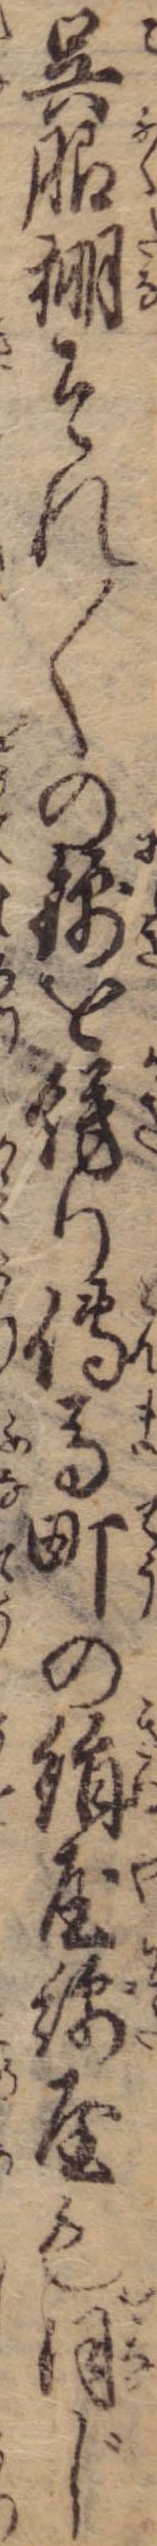
呉服棚それ〱の錦を飾り伝馬町の絹屋綿屋も同じ